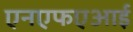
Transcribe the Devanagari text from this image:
एनएफएआई